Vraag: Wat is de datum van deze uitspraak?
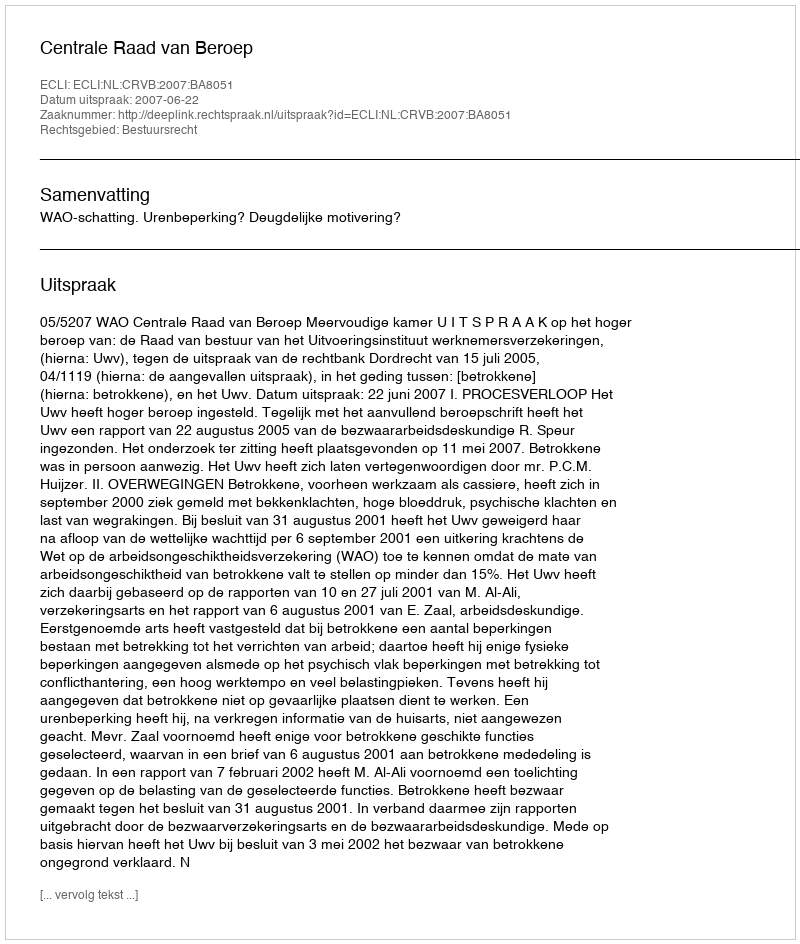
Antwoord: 2007-06-22